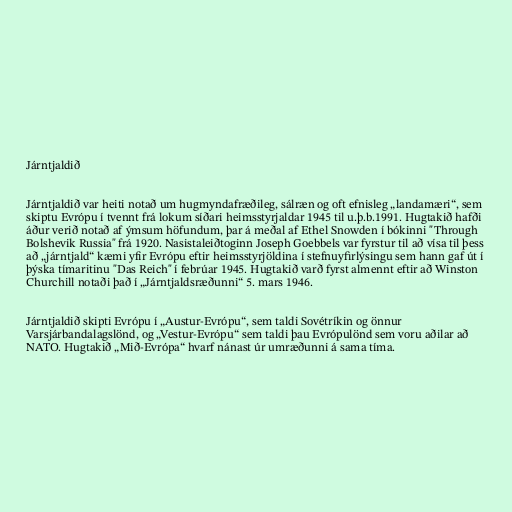
Járntjaldið

Járntjaldið var heiti notað um hugmyndafræðileg, sálræn og oft efnisleg „landamæri“, sem
skiptu Evrópu í tvennt frá lokum síðari heimsstyrjaldar 1945 til u.þ.b.1991. Hugtakið hafði
áður verið notað af ýmsum höfundum, þar á meðal af Ethel Snowden í bókinni "Through
Bolshevik Russia" frá 1920. Nasistaleiðtoginn Joseph Goebbels var fyrstur til að vísa til þess
að „járntjald“ kæmi yfir Evrópu eftir heimsstyrjöldina í stefnuyfirlýsingu sem hann gaf út í
þýska tímaritinu "Das Reich" í febrúar 1945. Hugtakið varð fyrst almennt eftir að Winston
Churchill notaði það í „Járntjaldsræðunni“ 5. mars 1946.

Járntjaldið skipti Evrópu í „Austur-Evrópu“, sem taldi Sovétríkin og önnur
Varsjárbandalagslönd, og „Vestur-Evrópu“ sem taldi þau Evrópulönd sem voru aðilar að
NATO. Hugtakið „Mið-Evrópa“ hvarf nánast úr umræðunni á sama tíma.